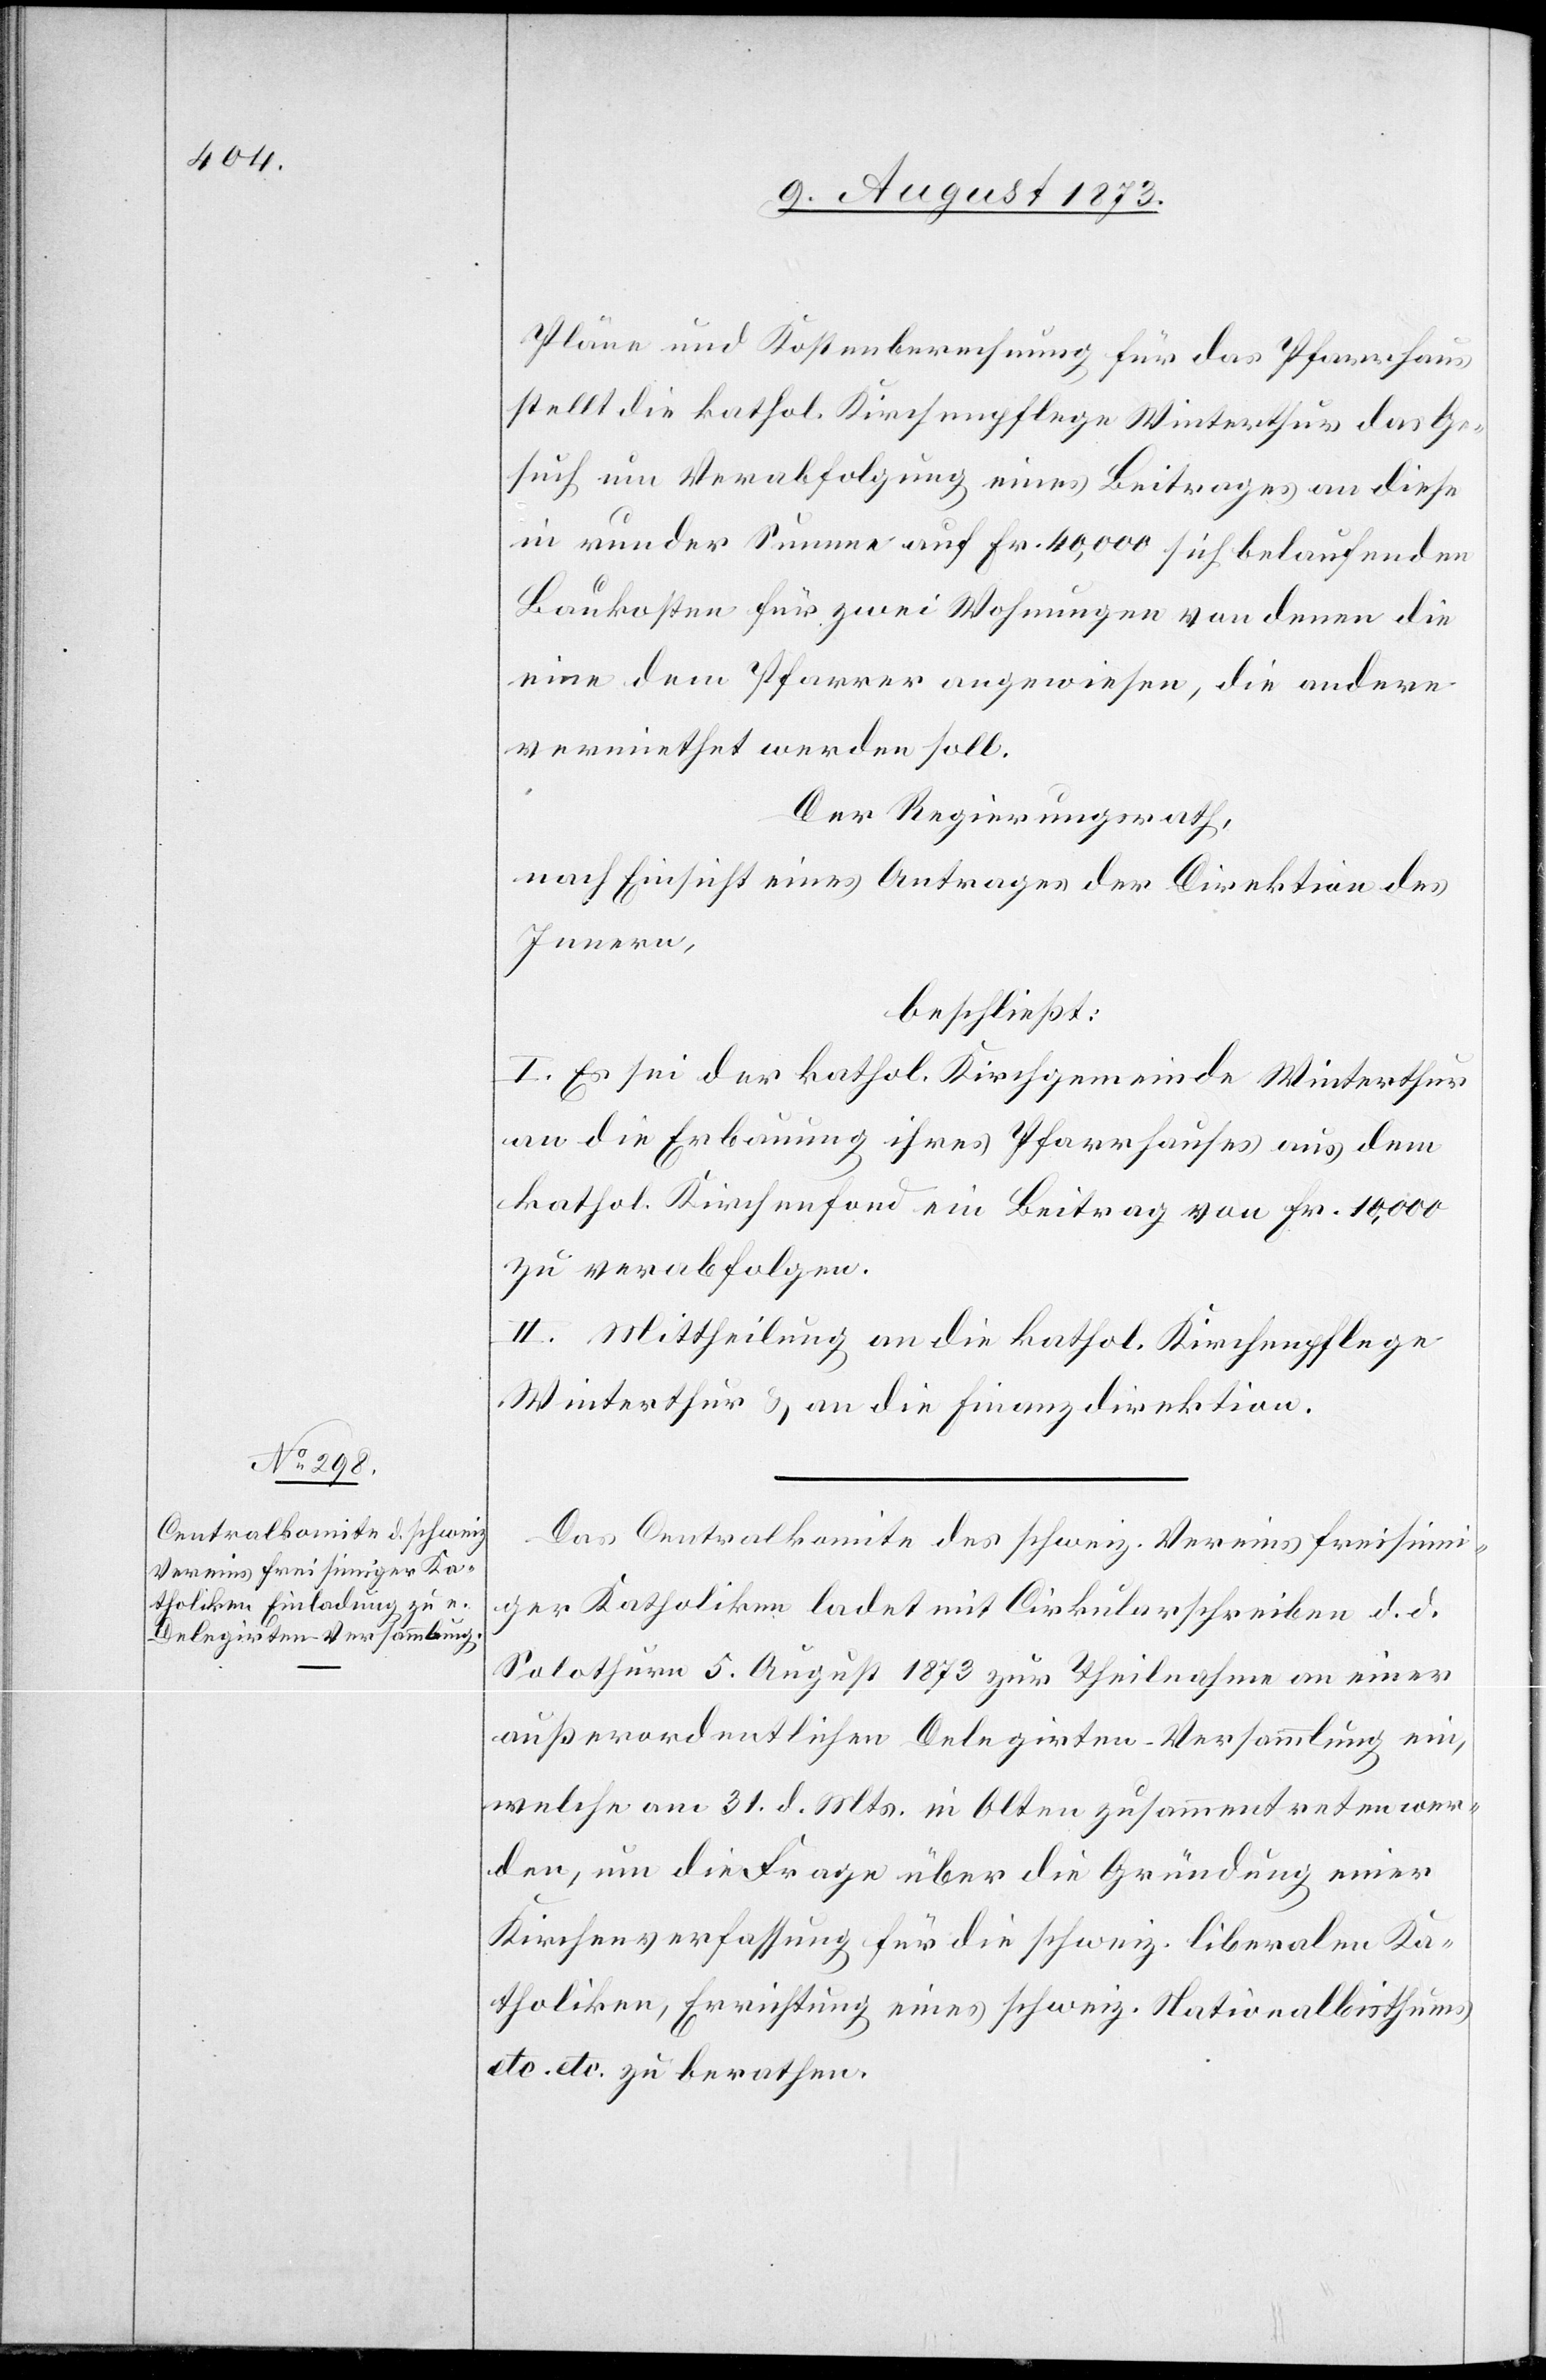
Pläne und Kostenberechnung für das Pfarrhaus
stellt die kathol. Kirchenpflege Winterthur das Ge¬
such um Verabfolgung eines Beitrages an diese
in runder Summe auf Fr. 40,000 sich belaufenden
Baukosten für zwei Wohnungen von denen die
eine dem Pfarrer angewiesen, die andere
vermiethet werden soll.
Der Regierungsrath,
nach Einsicht eines Antrages der Direktion des
Innern,
beschließt:
I. Es sei der kathol. Kirchgemeinde Winterthur
an die Erbauung ihres Pfarrhauses aus dem
kathol. Kirchenfond ein Beitrag von Fr. 10,000
zu verabfolgen.
II. Mittheilung an die kathol. Kirchenpflege
Winterthur & an die Finanzdirektion.
Das Centralkomite des schweiz. Vereins freisinni¬
ger Katholiken ladet mit Cirkularschreiben d. d.
Solothurn 5. August 1873 zur Theilnahme an einer
außerordentlichen Delegirten-Versammlung ein,
welche am 31. d. Mts. in Olten zusammentreten wer¬
den, um die Frage über die Gründung einer
Kirchenverfassung für die schweiz. liberalen Ka¬
tholiken, Errichtung eines schweiz. Nationalbisthums
etc. etc. zu berathen.